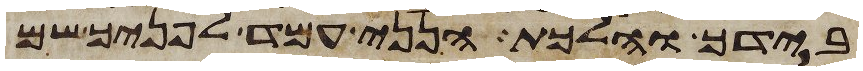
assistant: בידך והלכת הנני עמד לפניך שם